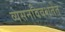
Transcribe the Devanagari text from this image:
व्यसनविवशतेत